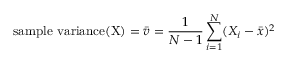
{ \mathrm { s a m p l e ~ v a r i a n c e ( X ) } } = { \bar { v } } = { \frac { 1 } { N - 1 } } \sum _ { i = 1 } ^ { N } ( X _ { i } - { \bar { x } } ) ^ { 2 }